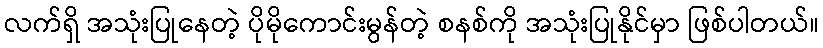
လက်ရှိ အသုံးပြုနေတဲ့ ပိုမိုကောင်းမွန်တဲ့ စနစ်ကို အသုံးပြုနိုင်မှာ ဖြစ်ပါတယ်။